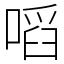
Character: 㗖